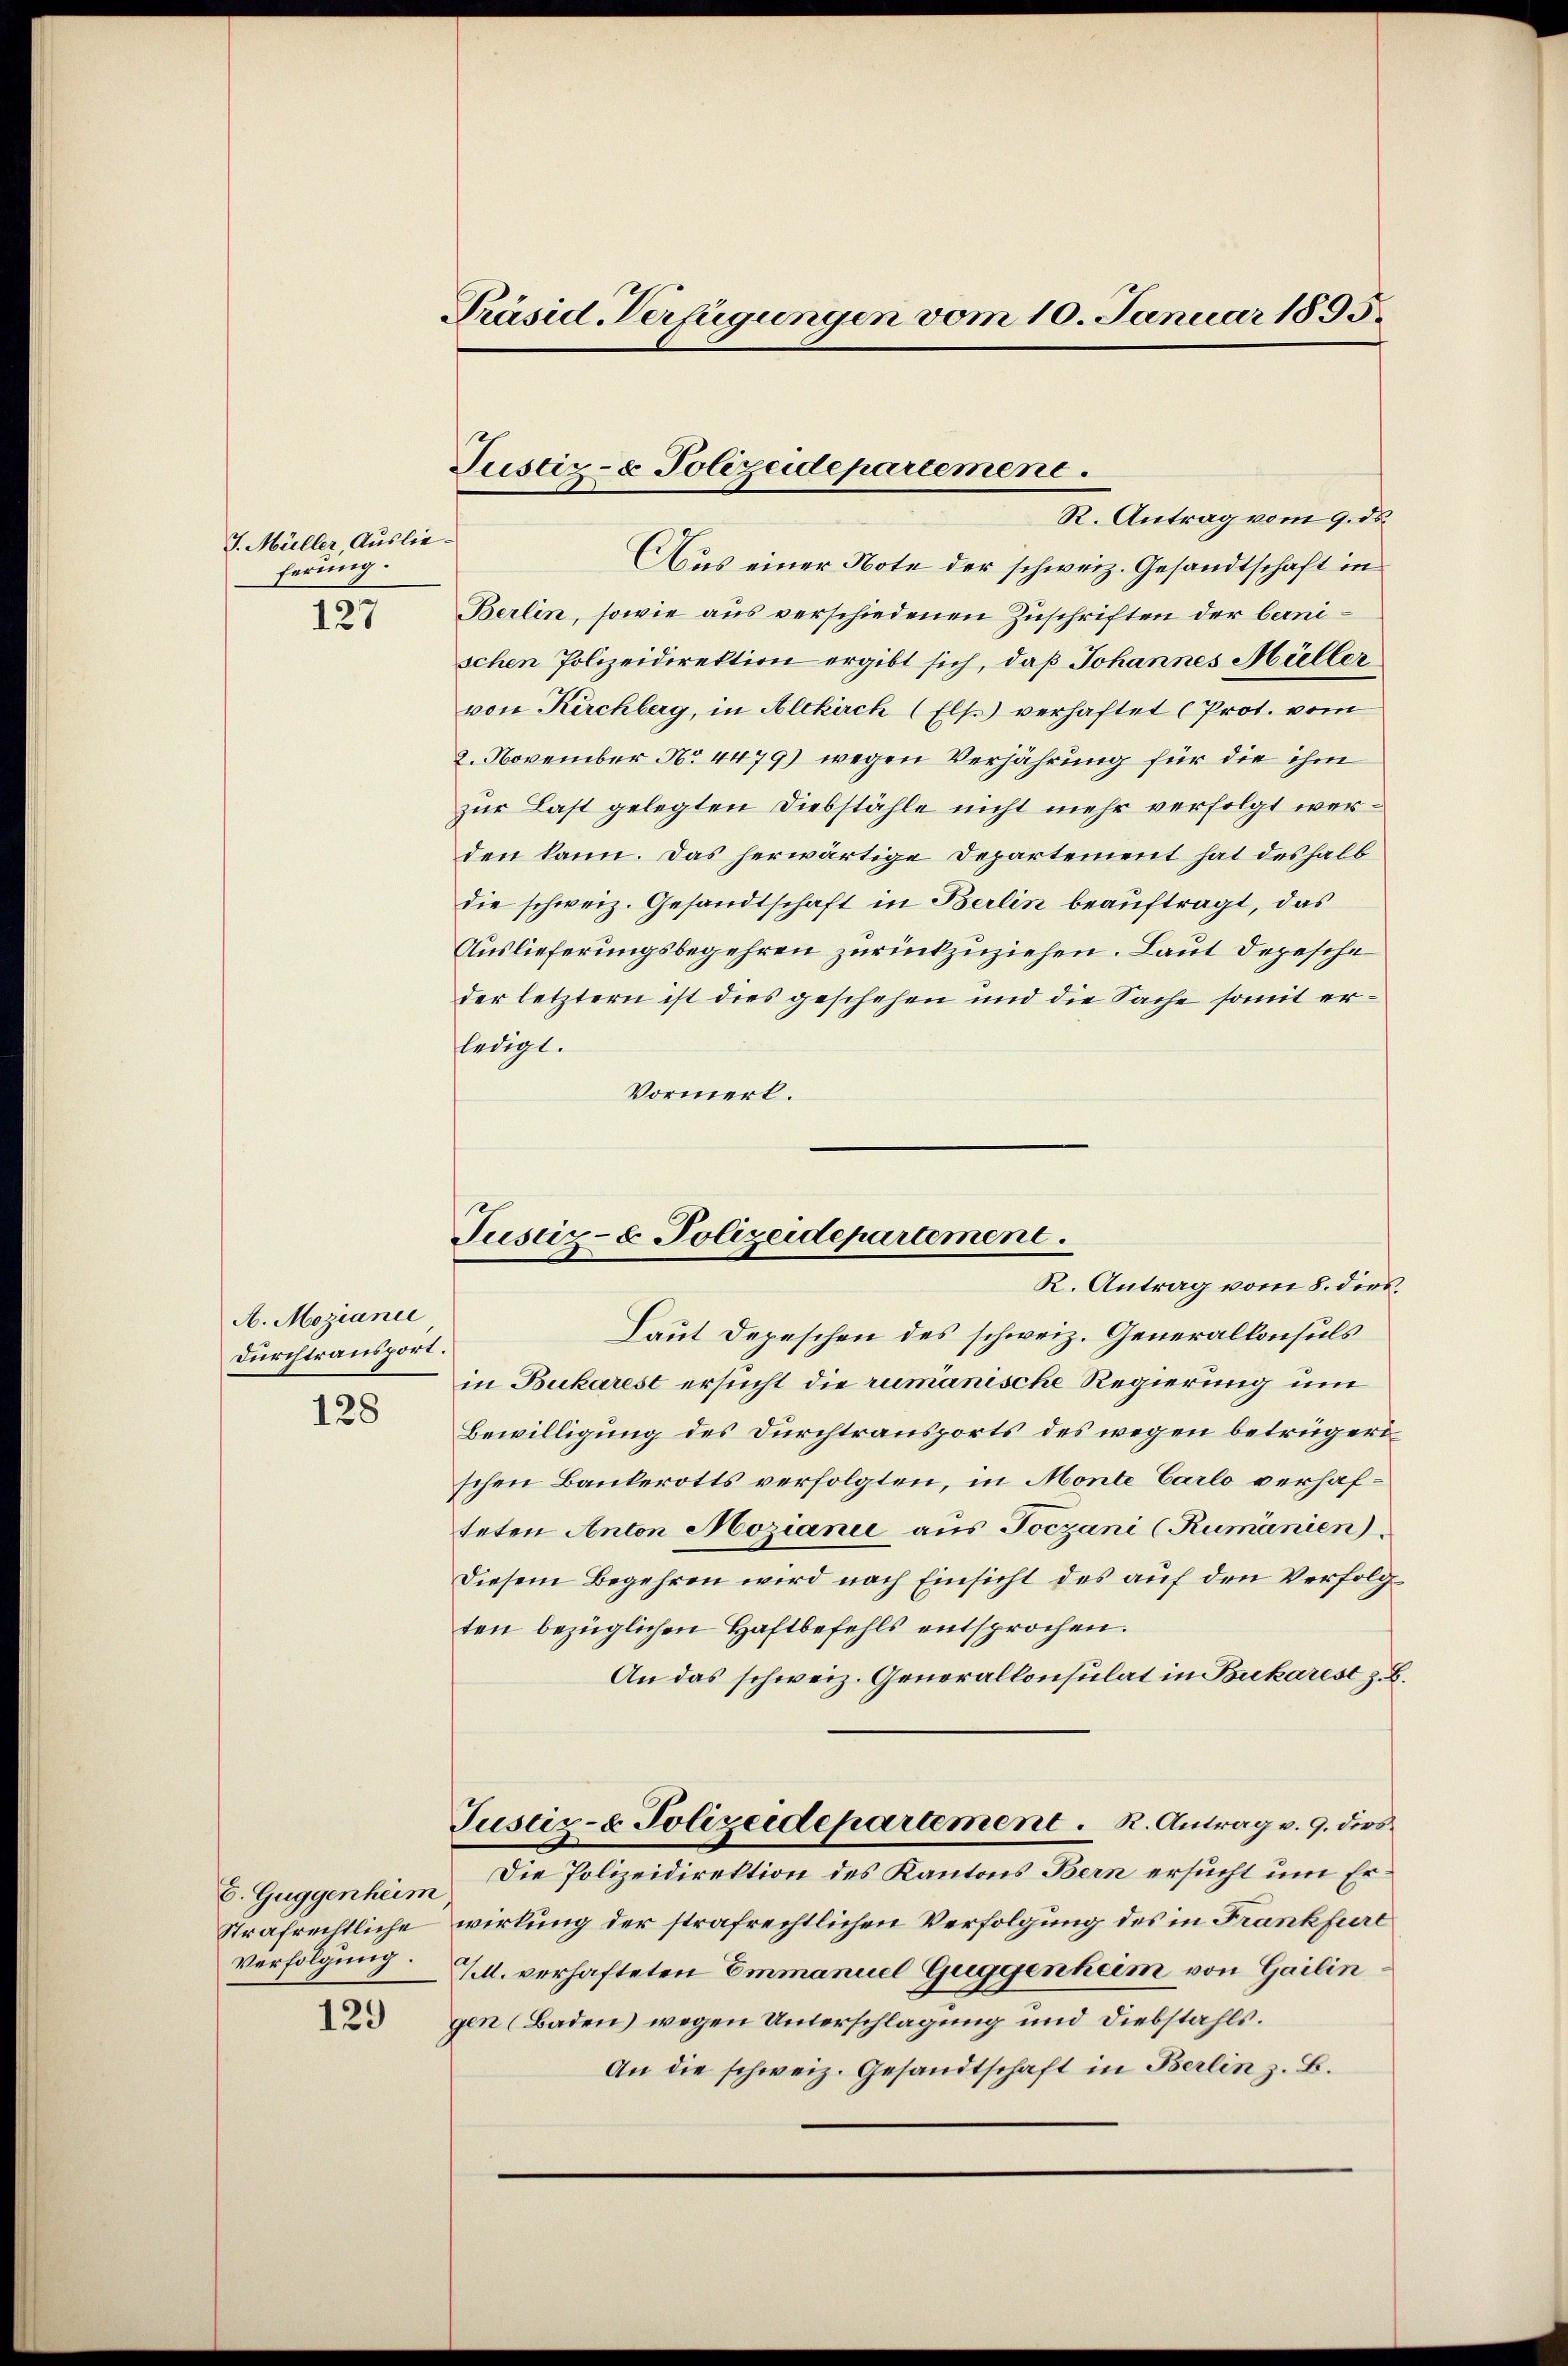
J. Müller, Auslieferung.
127

A. Mozianic,
Durchtransport.

128

Präsid. Verfügungen vom 10. Januar 1895.

Justiz- & Polizeidepartement.
R. Antrag vom 9. ds.

Justiz- & Polizeidepartement.
R. Antrag vom 8. dies

Aus einer Note der schweiz. Gesandtschaft in
Berlin, sowie aus verschiedenen Zuschriften der bernischen Polizeidirektion ergibt sich, daß Johannes Müller
von Kirchberg, in Altkirch (Els.) verhaftet (Prot. vom
2. November No. 4479) wegen Verjährung für die ihm
zur Last gelegten Diebstähle nicht mehr verfolgt werden kann. Das herwärtige Departement hat deshalb
die schweiz. Gesandtschaft in Berlin beauftragt, das
Auslieferungsbegehren zurückzuziehen. Laut depesche
der letztern ist dies geschehen und die Sache somit erledigt.
Vormerk.

Laut Depeschen des schweiz. Generallonsuls
in Bukarest ersucht die rumänische Regierung um
Bewilligung des Durchtransports des wegen betrügerischen Bankerotts verfolgten, in Monte Carlo verhafteten Anton Hozianie aus Joczani (Rumänien)
Diesem Begehren wird nach Einsicht des auf den Verfolgten bezüglichen Haftbefehls entsprochen.
An das schweiz. Generallonsulat in Bukarest z. B.
Justiz- & Polizeidepartement. R. Antrag v. 9. dies
Die Polizeidirektion des Kantons Bern ersucht um Er¬
6. Guggenheim
Strafrechtliche wirkung der strafrechtlichen Verfolgung des in Frankfurt
Verfolgung.
/M. verhafteten Emmanuel Guggenheim von Gailin
gen (Baden) wegen Unterschlagung und Diebstahls.
129
An die schweiz. Gesandtschaft in Berlin z. B.